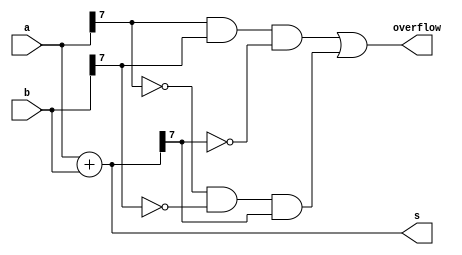
module top_module (
    input [7:0] a,
    input [7:0] b,
    output [7:0] s,
    output overflow
); //
 
    wire [8:0] sum;
    assign sum = a+b;
    assign s = sum[7:0];
    assign overflow  = a[7]&&b[7]&&(~s[7]) || (~a[7])&&(~b[7])&&(s[7]); 

endmodule